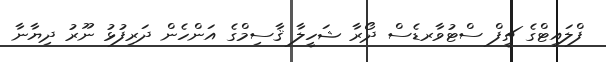
ފްލައިޓްގެ ޗީފް ސްޓުވާރޑެސް ދޯރާ ޝަހީލާ ޤާސިމްގެ އަންހެން ދަރިފުޅު ނޫރު ދިޔާނާ